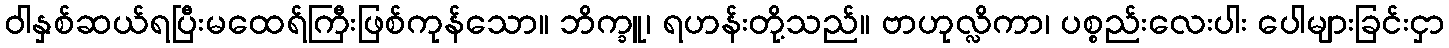
ဝါနှစ်ဆယ်ရပြီးမထေရ်ကြီးဖြစ်ကုန်သော။ ဘိက္ခူ၊ ရဟန်းတို့သည်။ ဗာဟုလ္လိကာ၊ ပစ္စည်းလေးပါး ပေါများခြင်းငှာ